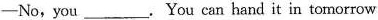
—No,you___.You can hand it in tomorrow